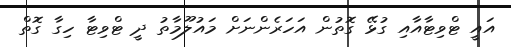
އައީ ޓްވިޓާއާއި ގުޅޭ ގޮތުން އަހަރެންނަށް މައުލޫމާތު ދީ ޓްވިޓާ ހިގާ ގޮތް